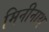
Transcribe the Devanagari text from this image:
मिनीनाथ